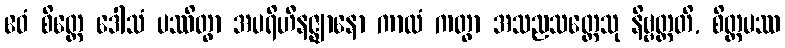
ဧဝံ စိတ္တေ ဒေါသံ ပဿိတွာ အပရိဟီနဇ္ဈာနော ကာလံ ကတွာ အသညသတ္တေသု နိဗ္ဗတ္တတိ, စိတ္တမဿ